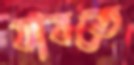
যাবতে